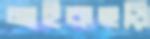
মাইকছড়ি